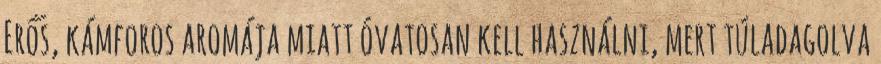
Erős, kámforos aromája miatt óvatosan kell használni, mert túladagolva